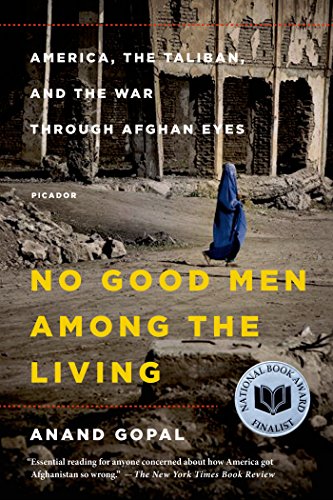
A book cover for No Good Men Among the Living: America, the Taliban, and the War through Afghan Eyes; Anand Gopal; History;